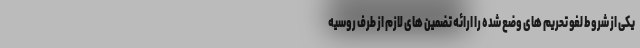
یکی از شروط لغو تحریم های وضع شده را ارائه تضمین های لازم از طرف روسیه